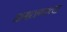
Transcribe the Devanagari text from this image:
मागाठाण्याच्या